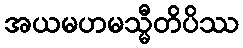
အယမဟမသ္မီတိပိဿ